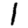
Digit: 1